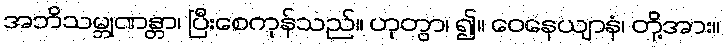
အဘိသမ္ဘုဏန္တာ၊ ပြီးစေကုန်သည်။ ဟုတွာ၊ ၍။ ဝေနေယျာနံ၊ တို့အား။